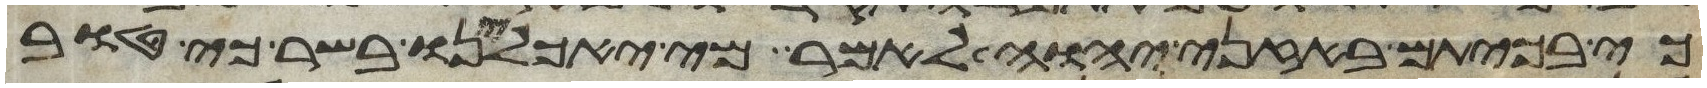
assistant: כי בכיתם באזני יהוה לאמר מי יאכילנו בשר כי טוב